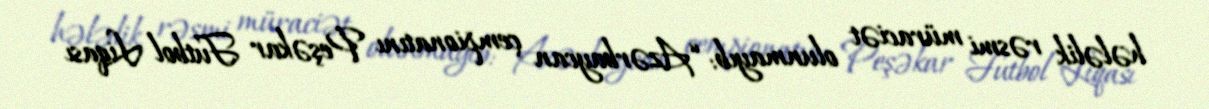
hələlik rəsmi müraciət olunmayıb: “Azərbaycan çempionatını Peşəkar Futbol Liqası